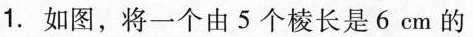
1.如图，将一个由5个棱长是6cm的